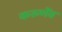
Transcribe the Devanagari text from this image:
करुणेंव